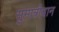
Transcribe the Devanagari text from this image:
सुमात्रीयान